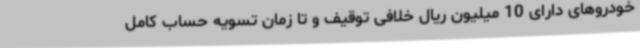
خودروهای دارای 10 میلیون ریال خلافی توقیف و تا زمان تسویه حساب کامل